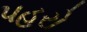
પહરો